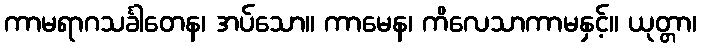
ကာမရာဂသင်္ခါတေန၊ အပ်သော။ ကာမေန၊ ကိလေသာကာမနှင့်။ ယုတ္တာ၊